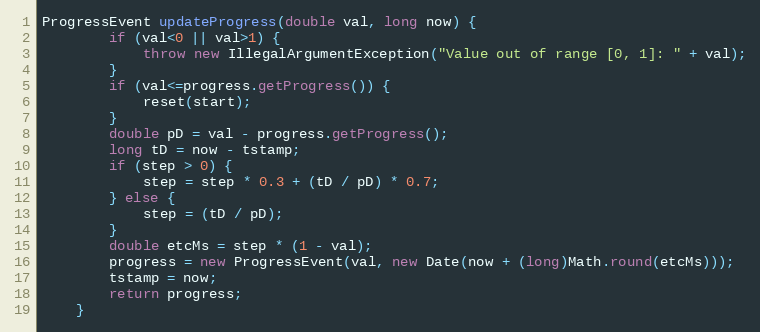
Language: Java
ProgressEvent updateProgress(double val, long now) {
		if (val<0 || val>1) {
			throw new IllegalArgumentException("Value out of range [0, 1]: " + val);
		}
		if (val<=progress.getProgress()) {
			reset(start);
		}
		double pD = val - progress.getProgress();
		long tD = now - tstamp;
		if (step > 0) {
			step = step * 0.3 + (tD / pD) * 0.7;
		} else {
			step = (tD / pD);
		}
		double etcMs = step * (1 - val);
		progress = new ProgressEvent(val, new Date(now + (long)Math.round(etcMs)));
		tstamp = now;
		return progress;
	}